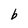
Character: b